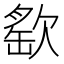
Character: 𣣳